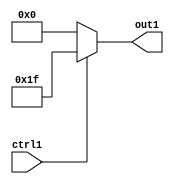
`timescale 1ps / 1ps
/*****************************************************************************
    Verilog RTL Description
    
    
    Created by: CellMath Designer 2019.1.01 
*******************************************************************************/

module fix2float_Muxi31i0u1_4_3 (
	ctrl1,
	out1
	); /* architecture "behavioural" */ 
input  ctrl1;
output [4:0] out1;
wire [4:0] asc001;

reg [4:0] asc001_tmp_0;
assign asc001 = asc001_tmp_0;
always @ (ctrl1) begin
	case (ctrl1)
		1'B1 : asc001_tmp_0 = 5'B11111 ;
		default : asc001_tmp_0 = 5'B00000 ;
	endcase
end

assign out1 = asc001;
endmodule

/* CADENCE  uLLxSg0= : u9/ySgnWtBlWxVPRXgAZ4Og= ** DO NOT EDIT THIS LINE ******/